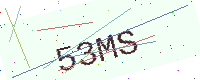
Text: 53MS